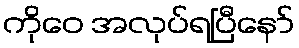
ကိုဝေ အလုပ်ရပြီနော်